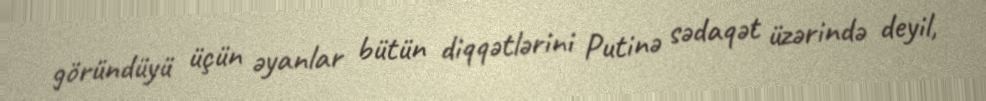
göründüyü üçün əyanlar bütün diqqətlərini Putinə sədaqət üzərində deyil,